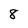
Character: 8